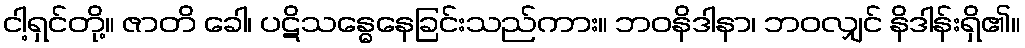
ငါ့ရှင်တို့။ ဇာတိ ခေါ၊ ပဋိသန္ဓေနေခြင်းသည်ကား။ ဘဝနိဒါနာ၊ ဘဝလျှင် နိဒါန်းရှိ၏။